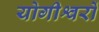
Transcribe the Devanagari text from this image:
योगीश्वरों